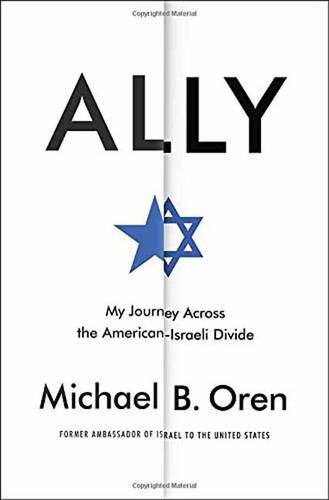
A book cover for Ally: My Journey Across the American-Israeli Divide; Michael B. Oren; Biographies & Memoirs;